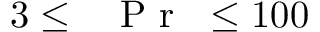
3 \leq \mathrm { ~ \textit ~ { ~ P ~ r ~ } ~ } \leq 1 0 0